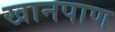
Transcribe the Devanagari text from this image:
खानपाण